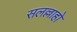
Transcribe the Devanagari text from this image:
सलल्लाहो